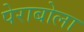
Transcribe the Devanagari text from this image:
पेराबोला